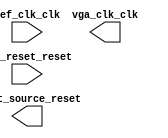

module VGA_CLOCK (
	ref_clk_clk,
	ref_reset_reset,
	vga_clk_clk,
	reset_source_reset);	

	input		ref_clk_clk;
	input		ref_reset_reset;
	output		vga_clk_clk;
	output		reset_source_reset;
endmodule